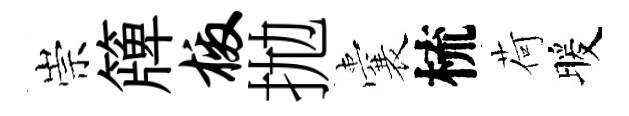
崇簰檄拋囊梳荷暖